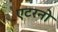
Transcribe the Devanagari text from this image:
एटरनो